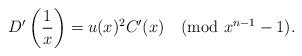
LaTeX: \begin{align*}D'\left(\frac{1}{x}\right) = u(x)^2 C'(x) \pmod{x^{n-1}-1}.\end{align*}